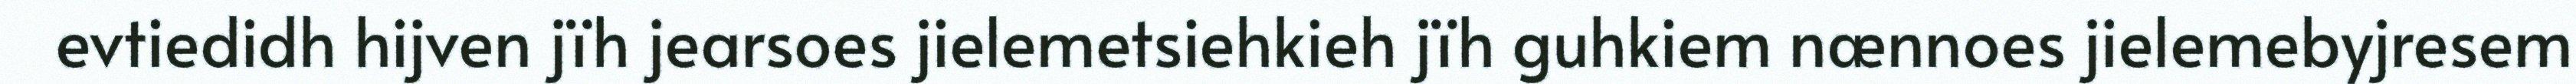
evtiedidh hijven jïh jearsoes jielemetsiehkieh jïh guhkiem nænnoes jielemebyjresem